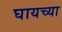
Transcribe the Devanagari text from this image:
घायच्या